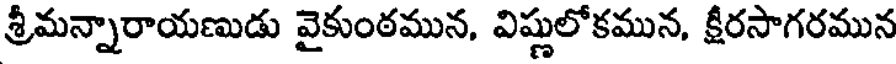
శ్రీమన్నారాయణుడు వైకుంఠమున, విష్ణులోకమున, క్షీరసాగరమున